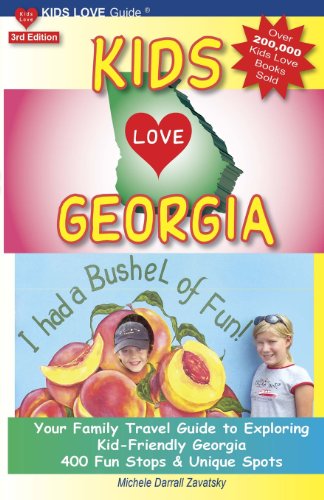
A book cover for KIDS LOVE GEORGIA, 3rd Edition: Your Family Travel Guide to Exploring Kid-Friendly Georgia. 400 Fun Stops & Unique Spots (Kids Love Travel Guides); Michele Darrall Zavatsky; Travel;